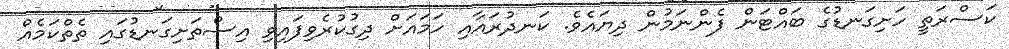
ކަސްރަތީ ހަށިގަނޑުގެ ބައްޓަން ފެންނަމުން ދިޔައެވެ. ކަނދުރައާއި ހަމައަށް ދިގުކުރެވިފައިވި އިސްތަށިގަނޑުގައި ތެތްކަމެއް